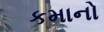
કમાનો